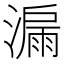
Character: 𣾡